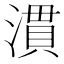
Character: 𪷈